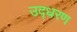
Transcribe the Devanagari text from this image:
उद्‍धरण